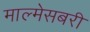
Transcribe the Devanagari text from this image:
माल्मेसबरी